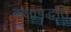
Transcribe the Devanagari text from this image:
कक्षापद्धति